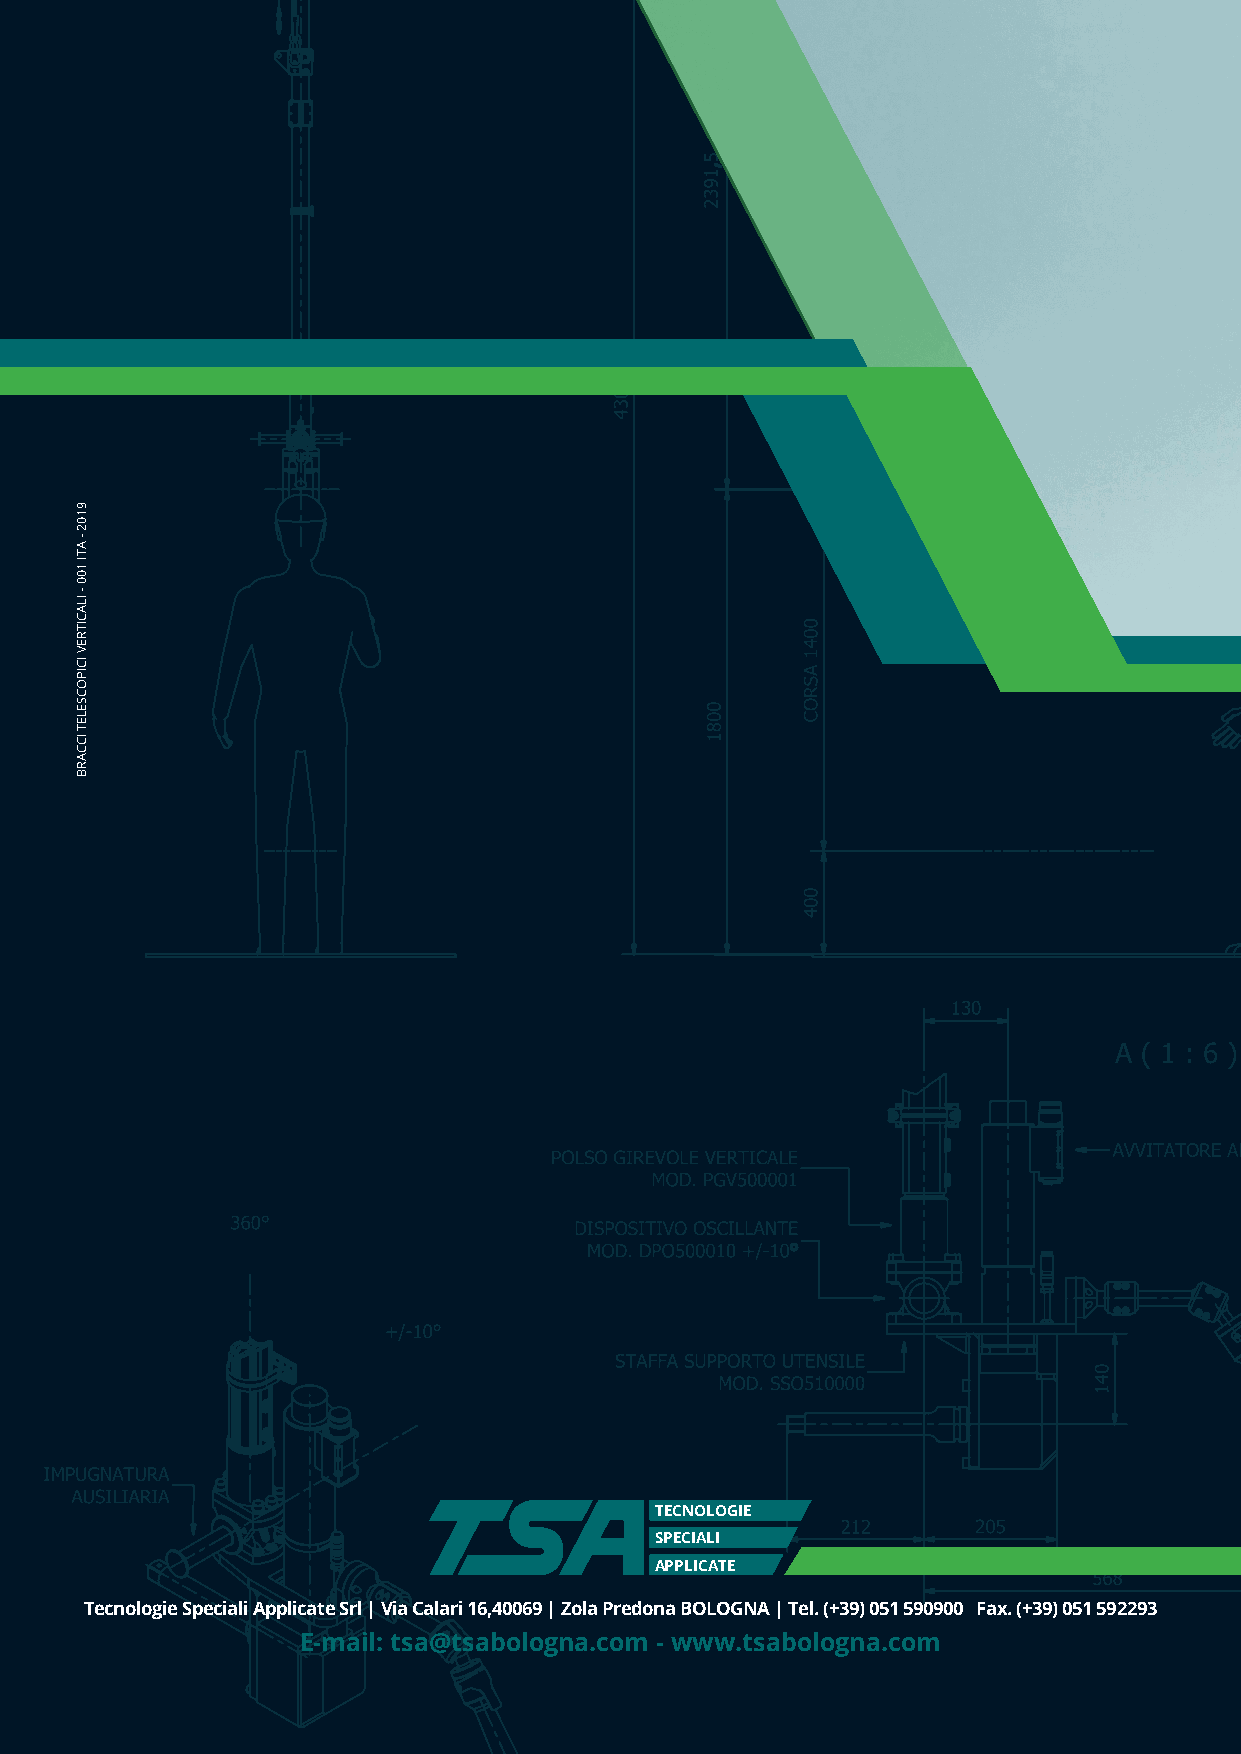
TECNOLOGIE
 SPECIALI
 APPLICATE
 Tecnologie Speciali Applicate Srl | Via Calari 16,40069 | Zola Predona BOLOGNA | Tel. (+39) 051 590900 Fax. (+39) 051 592293
 E-mail: tsa@tsabologna.com - www.tsabologna.com
 9102
 -
 ATI
 100
 -
 ILACITREV
 ICIPOCSELET
 ICCARB